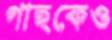
গাছকেও